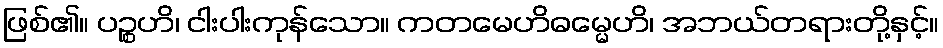
ဖြစ်၏။ ပဉ္စဟိ၊ ငါးပါးကုန်သော။ ကတမေဟိဓမ္မေဟိ၊ အဘယ်တရားတို့နှင့်။